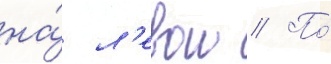
на́ л'евои // По́